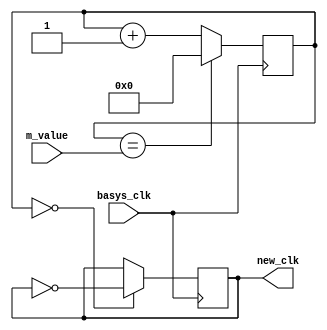
`timescale 1ns / 1ps
//////////////////////////////////////////////////////////////////////////////////
// Company: 
// Engineer: 
// 
// Design Name: 
// Module Name: my_clock_divider
// Project Name: 
// Target Devices: 
// Tool Versions: 
// Description: 
// 
// Dependencies: 
// 
// Revision:
// Revision 0.01 - File Created
// Additional Comments:
// 
//////////////////////////////////////////////////////////////////////////////////


module my_clock_divider(
    input basys_clk,
    input [31:0] m_value,
    output reg new_clk
    );
    
    reg [31:0] count = 0;
        
    always @ (posedge basys_clk)
    begin
        count <= (count == m_value) ? 0 : count + 1;
        new_clk <= (count == 0) ? ~new_clk : new_clk;
    end
endmodule